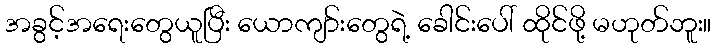
အခွင့်အရေးတွေယူပြီး ယောကျာ်းတွေရဲ့ ခေါင်းပေါ် ထိုင်ဖို့ မဟုတ်ဘူး။